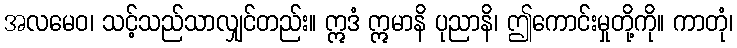
အလမေဝ၊ သင့်သည်သာလျှင်တည်း။ ဣဒံ ဣမာနိ ပုညာနိ၊ ဤကောင်းမှုတို့ကို။ ကာတုံ၊